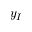
y _ { I }